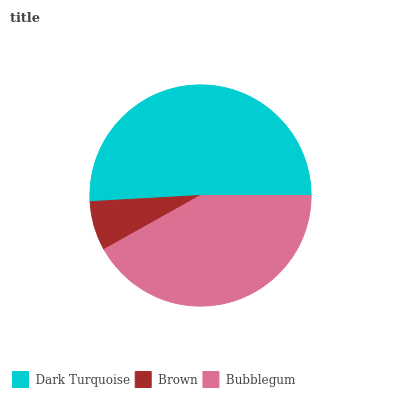
| Dark Turquoise | Brown | Bubblegum |
 | --- | --- | --- |
 | 50.9% | 7.22% | 41.9% |